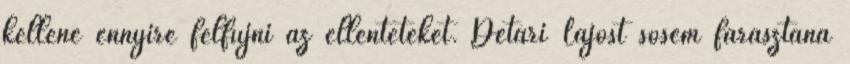
kellene ennyire felfújni az ellentéteket. Détári Lajost sosem fárasztaná